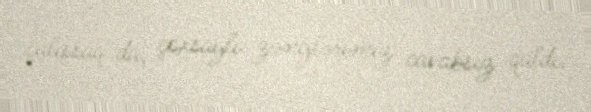
çalışsaq da, çoxsaylı zənglərimiz cavabsız qaldı.